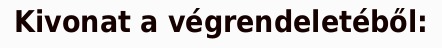
Kivonat a végrendeletéből: